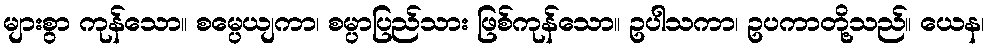
များစွာ ကုန်သော။ စမ္ပေယျကာ၊ စမ္ပာပြည်သား ဖြစ်ကုန်သော။ ဥပါသကာ၊ ဥပကာတို့သည်။ ယေန၊